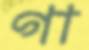
গা